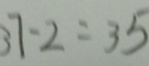
3 7 - 2 = 3 5